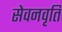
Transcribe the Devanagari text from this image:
सेवनवृति